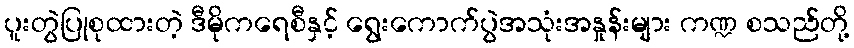
ပူးတွဲပြုစုထားတဲ့ ဒီမိုကရေစီနှင့် ရွေးကောက်ပွဲအသုံးအနှုန်းများ ကဏ္ဍ စသည်တို့